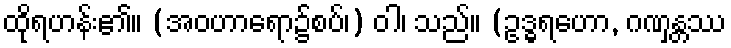
ထိုရဟန်း၏။ (အဝဟာရော၌စပ်၊) ဝါ၊ သည်။ (ဥဒ္ဓရဟော, ဂဏှန္တဿ